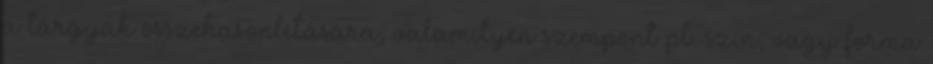
a tárgyak összehasonlítására, valamilyen szempont pl. szín, vagy forma